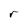
Character: r